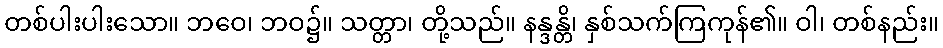
တစ်ပါးပါးသော။ ဘဝေ၊ ဘဝ၌။ သတ္တာ၊ တို့သည်။ နန္ဒန္တိ၊ နှစ်သက်ကြကုန်၏။ ဝါ၊ တစ်နည်း။